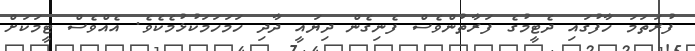
ފުރަތަމަ ހާފުގައި ދެޓީމުގެ ފަރާތުންވެސް ފެނިގެން ދިޔައީ ދާދި ހަމަހަމަކުޅުމެކެވެ. އެއްވެސް ޓީމަކަށް